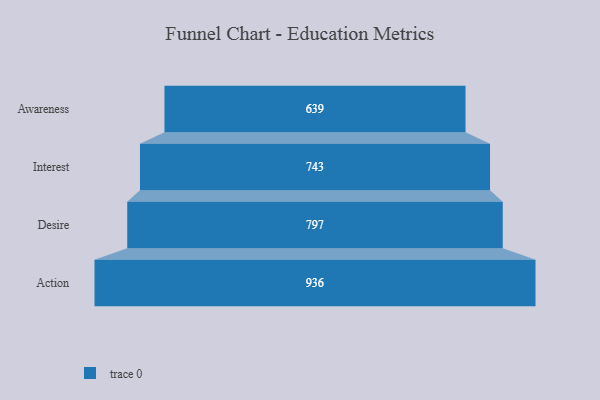
{"axis": {"x": "Stage", "y": "Value"}, "legend": [""], "data": [{"x": "Awareness", "y": 639.0, "type": ""}, {"x": "Interest", "y": 743.0, "type": ""}, {"x": "Desire", "y": 797.0, "type": ""}, {"x": "Action", "y": 936.0, "type": ""}]}